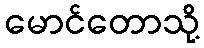
မောင်တောသို့